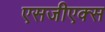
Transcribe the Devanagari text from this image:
एसजीएक्स